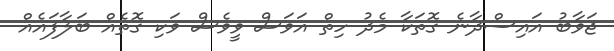
ޖަވާބު އައިސްދާނެ ގޮތަކާ މެދު ހިތް އަވަސް ވީވެސް ވަކި ގޮތެއް ބަލާފައެއް